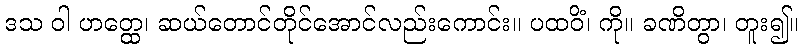
ဒသ ဝါ ဟတ္ထေ၊ ဆယ်တောင်တိုင်အောင်လည်းကောင်း။ ပထဝိံ၊ ကို။ ခဏိတွာ၊ တူး၍။